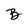
Character: B